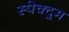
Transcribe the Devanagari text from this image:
स्पेक्ट्र्म